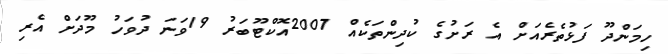
ހިމަންދޫ ފަޅުތެރެއަށް އެ ރަށުގެ ކުދިންތަކެއް 2007އޮކްޓޫބަރު 19ވަނަ ދުވަހު މޫދަށް އެރި